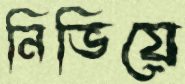
নিভিয়ে